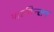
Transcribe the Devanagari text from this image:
पारकिन्सन